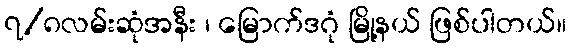
၇/၈လမ်းဆုံအနီး ၊ မြောက်ဒဂုံ မြို့နယ် ဖြစ်ပါတယ်။